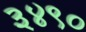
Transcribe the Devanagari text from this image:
३४९०